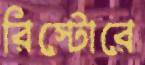
রিস্টোরে